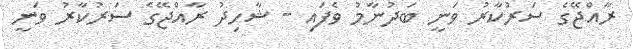
ރާއްޖޭގެ ސަރުކާރު ވަނީ ބަދުނާމު ވެފައި - ޝާހިދު ރާއްޖޭގެ ސަރުކާރު ވަނީ